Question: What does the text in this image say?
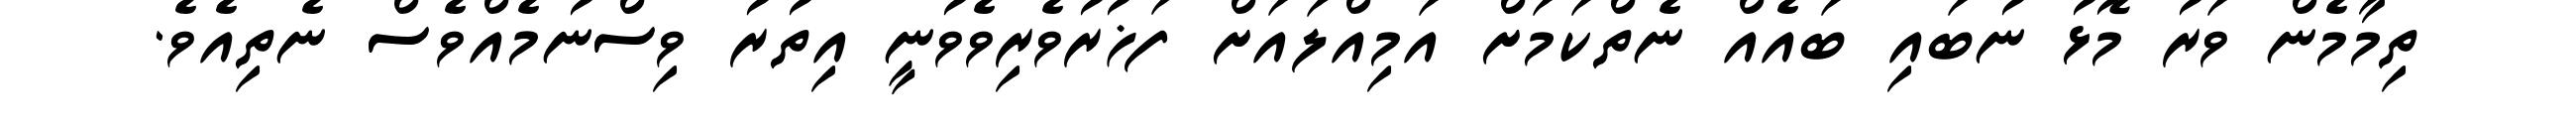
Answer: ތިމާމެން ވަރު މޮޅު ނުބައި ބައެއް ނެތްކަމަށް އަމިއްލައަށް ފަޚުރުވެރިވެވުނީ އިތުރު ވިސްނުމެއްވެސް ނެތިއެވެ.